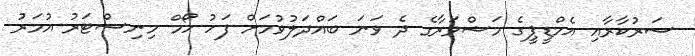
ސަރުކާރާއި އެމްޑީޕީގެ މަޝްވަރާގެ ދެ ވަނަ ބައްދަލުވުމަށް ފަހު ހޯމް މިނިސްޓަރު އުމަރު